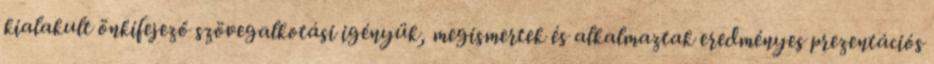
kialakult önkifejező szövegalkotási igényük, megismertek és alkalmaztak eredményes prezentációs